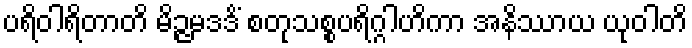
ပရိဝါရိတာတိ မိဉ္ဇမဒဒိံ စတုသစ္စပရိဂ္ဂါဟိကာ အနိဿာယ ယုဝါတိ